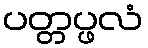
ပတ္တပ္ဖလံ